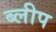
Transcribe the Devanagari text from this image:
ब्लीप